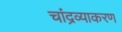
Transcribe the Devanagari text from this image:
चांद्रव्याकरण